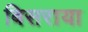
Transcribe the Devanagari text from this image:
बिसराया